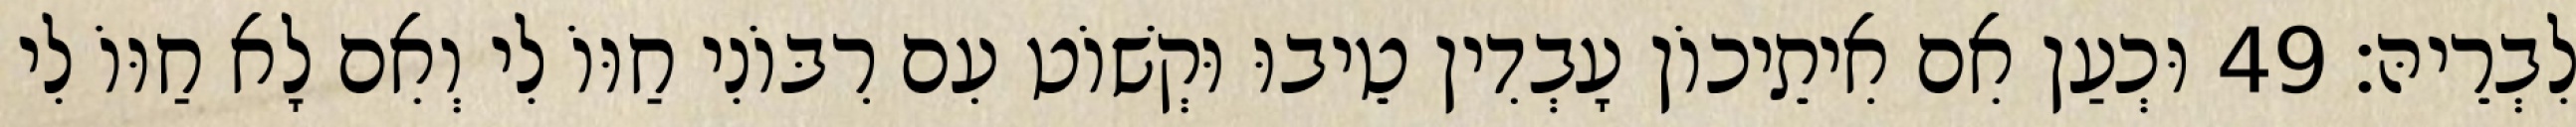
לִבְרֵיהּ׃ 49 וּכְעַן אִם אִיתֵיכוֹן עָבְדִין טֵיבוּ וּקְשׁוֹט עִם רִבּוֹנִי חַוּוֹ לִי וְאִם לָא חַוּוֹ לִי